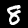
Label: 8